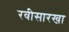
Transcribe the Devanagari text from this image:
रवीसारखा